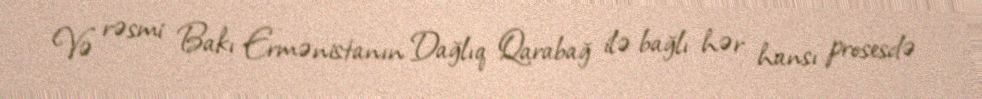
Və rəsmi Bakı Ermənistanın Dağlıq Qarabağ ilə bağlı hər hansı prosesdə